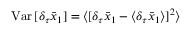
\mathrm { V a r } \, [ \delta _ { \tau } \bar { x } _ { 1 } ] = \langle [ \delta _ { \tau } \bar { x } _ { 1 } - \langle \delta _ { \tau } \bar { x } _ { 1 } \rangle ] ^ { 2 } \rangle